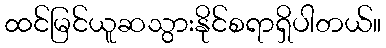
ထင်မြင်ယူဆသွားနိုင်စရာရှိပါတယ်။